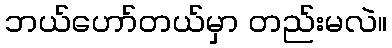
ဘယ်ဟော်တယ်မှာ တည်းမလဲ။